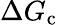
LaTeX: \Delta G_{\mathrm{c}}